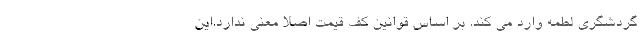
گردشگری لطمه وارد می کند. بر اساس قوانین کف قیمت اصلا معنی ندارد.این